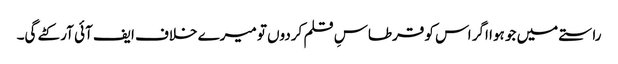
راستے میں جو ہوا اگر اس کو قرطاسِ قلم کردوں تو میرے خلاف ایف آئی آر کٹے گی۔